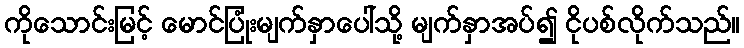
ကိုသောင်းမြင့် မောင်ပြုံးမျက်နှာပေါ်သို့ မျက်နှာအပ်၍ ငိုပစ်လိုက်သည်။